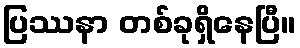
ပြဿနာ တစ်ခုရှိနေပြီ။